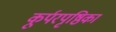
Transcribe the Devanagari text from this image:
कूर्परपृष्ठिका